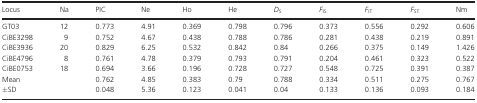
<table><thead><tr><td><b>Locus</b></td><td><b>Na</b></td><td><b>PIC</b></td><td><b>Ne</b></td><td><b>Ho</b></td><td><b>He</b></td><td><b><i>D</i><sub>S</sub></b></td><td><b><i>F</i><sub>IS</sub></b></td><td><b><i>F</i><sub>IT</sub></b></td><td><b><i>F</i><sub>ST</sub></b></td><td><b>Nm</b></td></tr></thead><tbody><tr><td>GT03</td><td>12</td><td>0.773</td><td>4.91</td><td>0.369</td><td>0.798</td><td>0.796</td><td>0.373</td><td>0.556</td><td>0.292</td><td>0.606</td></tr><tr><td>CiBE3298</td><td>9</td><td>0.752</td><td>4.67</td><td>0.438</td><td>0.788</td><td>0.786</td><td>0.281</td><td>0.438</td><td>0.219</td><td>0.891</td></tr><tr><td>CiBE3936</td><td>20</td><td>0.829</td><td>6.25</td><td>0.532</td><td>0.842</td><td>0.84</td><td>0.266</td><td>0.375</td><td>0.149</td><td>1.426</td></tr><tr><td>CiBE4796</td><td>8</td><td>0.761</td><td>4.78</td><td>0.379</td><td>0.793</td><td>0.791</td><td>0.204</td><td>0.461</td><td>0.323</td><td>0.522</td></tr><tr><td>CiBE0753</td><td>18</td><td>0.694</td><td>3.66</td><td>0.196</td><td>0.728</td><td>0.727</td><td>0.548</td><td>0.725</td><td>0.391</td><td>0.387</td></tr><tr><td>Mean</td><td></td><td>0.762</td><td>4.85</td><td>0.383</td><td>0.79</td><td>0.788</td><td>0.334</td><td>0.511</td><td>0.275</td><td>0.767</td></tr><tr><td>±SD</td><td></td><td>0.048</td><td>5.36</td><td>0.123</td><td>0.041</td><td>0.04</td><td>0.133</td><td>0.136</td><td>0.093</td><td>0.184</td></tr></tbody></table>